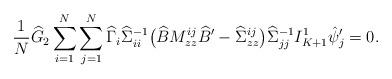
LaTeX: \begin{align*}\frac{1}{N}\widehat G_{2}\sum_{i=1}^N\sum_{j=1}^N\widehat\Gamma_i\widehat\Sigma_{ii}^{-1}\bigl(\widehat BM_{zz}^{ij}\widehat B{}'-\widehat\Sigma_{z z}^{i j}\bigr)\widehat\Sigma_{j j}^{-1}I _{K+1}^{1}\hat\psi_j'=0.\end{align*}